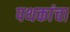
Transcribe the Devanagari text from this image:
पथकांचा